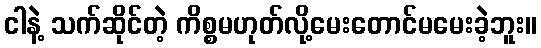
ငါနဲ့ သက်ဆိုင်တဲ့ ကိစ္စမဟုတ်လို့မေးတောင်မမေးခဲ့ဘူး။